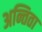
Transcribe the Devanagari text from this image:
अन्तिता